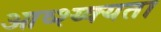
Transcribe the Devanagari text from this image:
आव्श्य्क्यता